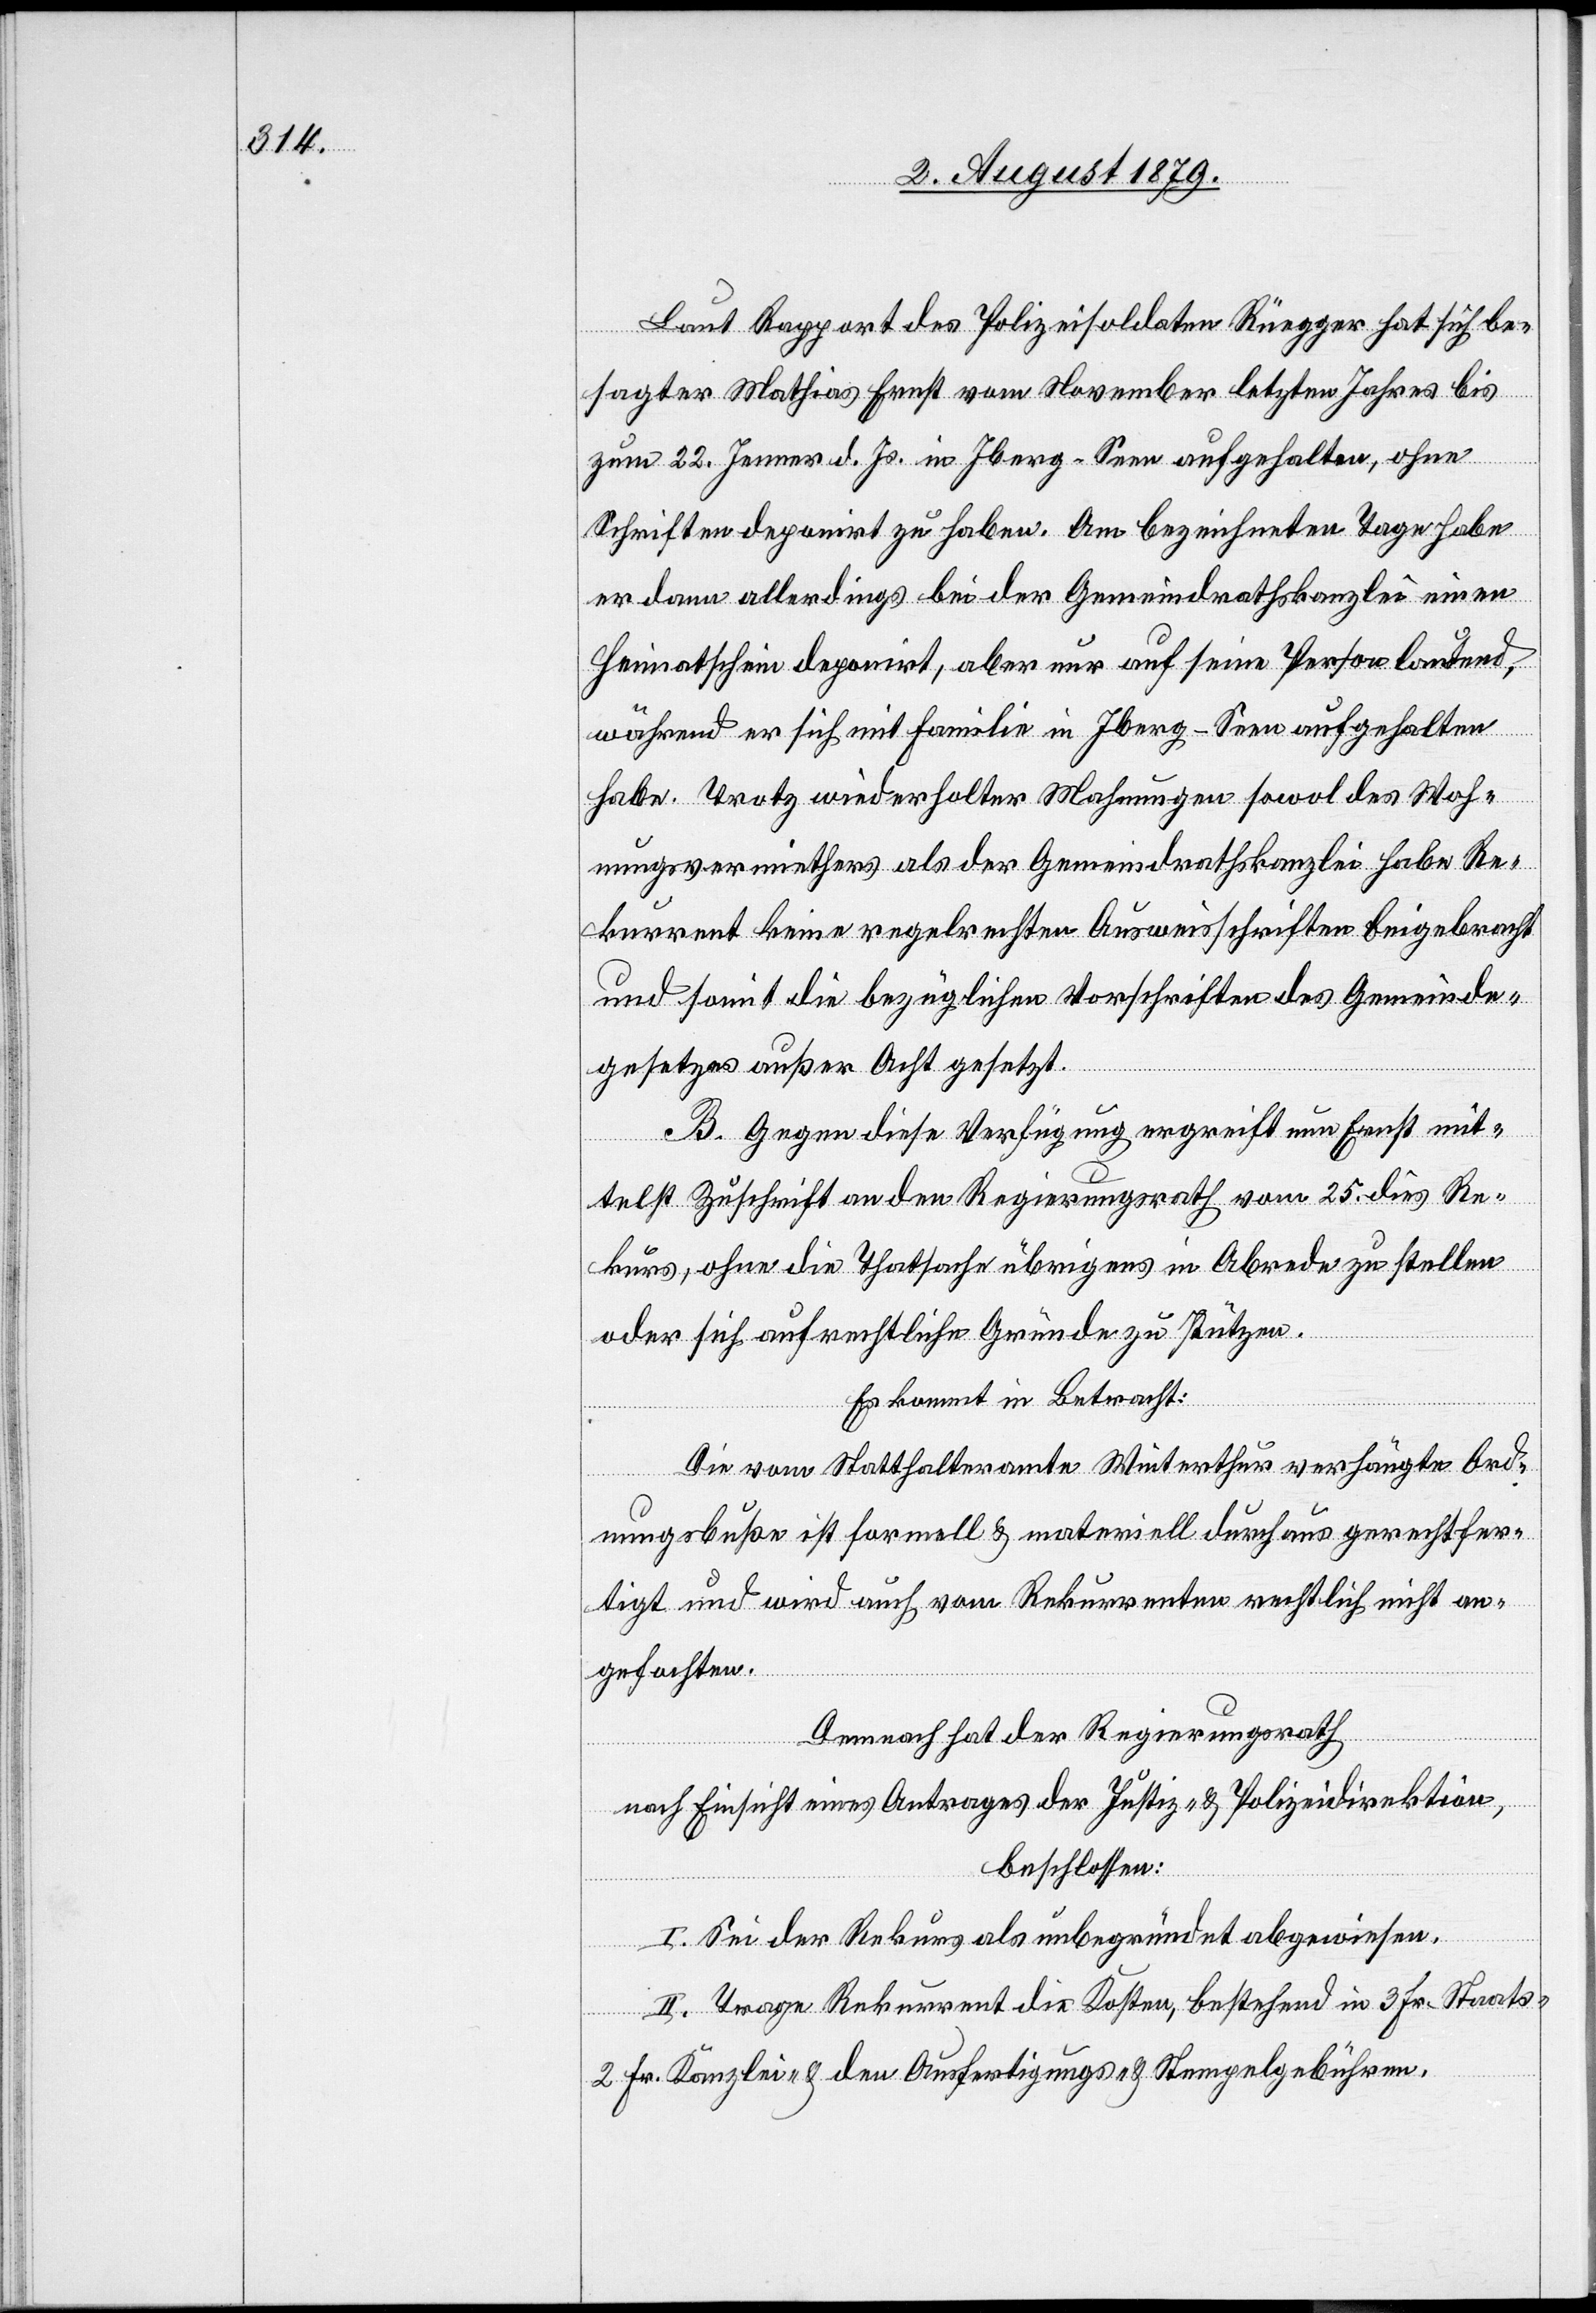
Laut Rapport des Polizeisoldaten Rüegger hat sich be¬
sagter Mathias Ernst vom November letzten Jahres bis
zum 22. Jenner d. Js. in Iberg - Seen aufgehalten, ohne
Schriften deponirt zu haben. Am bezeichneten Tage habe
er dann allerdings bei der Gemeindrathskanzlei einen
Heimatschein deponirt, aber nur auf seine Person lautend,
während er sich mit Familie in Iberg - Seen aufgehalten
habe. Trotz wiederholter Mahnungen sowol des Woh¬
nungsvermiethers als der Gemeindrathskanzlei habe Re¬
kurrenten keine regelrechten Ausweisschriften beigebracht
und somit die bezüglichen Vorschriften des Gemeinde¬
gesetzes außer Acht gesetzt.
B. Gegen diese Verfügungen ergreift nun Ernst mit¬
telst Zuschrift an den Regierungsrath vom 25. dies Re¬
kurs, ohne die Thatsache übrigens in Abrede zu stellen
oder sich auf rechtliche Gründe zu stützten.
Es kommt in Betracht:
Die vom Statthalteramte Winterthur verhängte Ord¬
nungsbuße ist formell & materiell durchaus gerechtfer¬
tigt und wird auch vom Rekurrenten rechtlich nicht an¬
gefochten.
Demnach hat der Regierungsrath
nach Einsicht eines Antrages der Justiz- & Polizeidirektion,
beschlossen:
I. Sei der Rekurs als unbegründet abgewiesen.
II. Trage Rekurrent die Kosten, bestehend in 3 Fr. Staats-[,]
2 Fr. Kanzlei- & den Ausfertigungs- und Stempelgebühren.